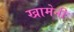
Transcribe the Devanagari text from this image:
खामेनी